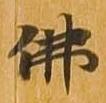
仏